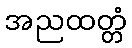
အညထတ္တံ